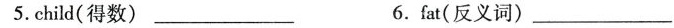
5.child(得数) ___ 6.fat(反义词) ___